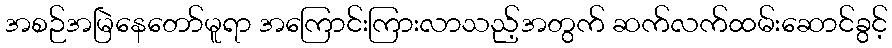
အစဉ်အမြဲနေတော်မူရာ အကြောင်းကြားလာသည့်အတွက် ဆက်လက်ထမ်းဆောင်ခွင့်